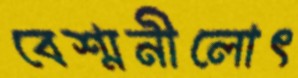
বেশ্মনীলোৎ